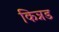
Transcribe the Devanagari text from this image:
किन्नड